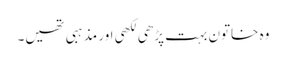
وہ خاتون بہت پڑھی لکھی اور مذہبی تھیں۔